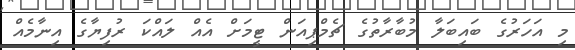
މި އަހަރުގެ ބައިބަލާ މުބާރާތުގެ ޗެމްޕިއަން ޓީމަށް އެއް ލައްކަ ރުފިޔާގެ އިނާމެއް